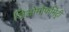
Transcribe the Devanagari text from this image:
जिओमौर्फोमेट्री